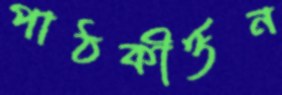
পাঠকীর্ত্তন